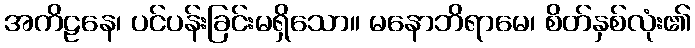
အကိဠနေ၊ ပင်ပန်းခြင်းမရှိသော။ မနောဘိရာမေ၊ စိတ်နှစ်လုံး၏